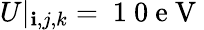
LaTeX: U|_{\mathbf{i},j,k}=\mathrm{{~1~0~e~V~}}